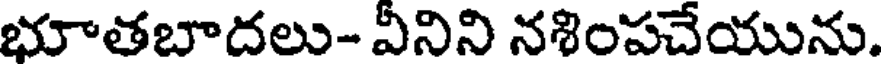
భూతబాదలు- వీనిని నశింపచేయును.